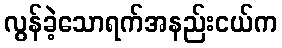
လွန်ခဲ့သောရက်အနည်းငယ်က